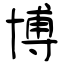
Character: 博